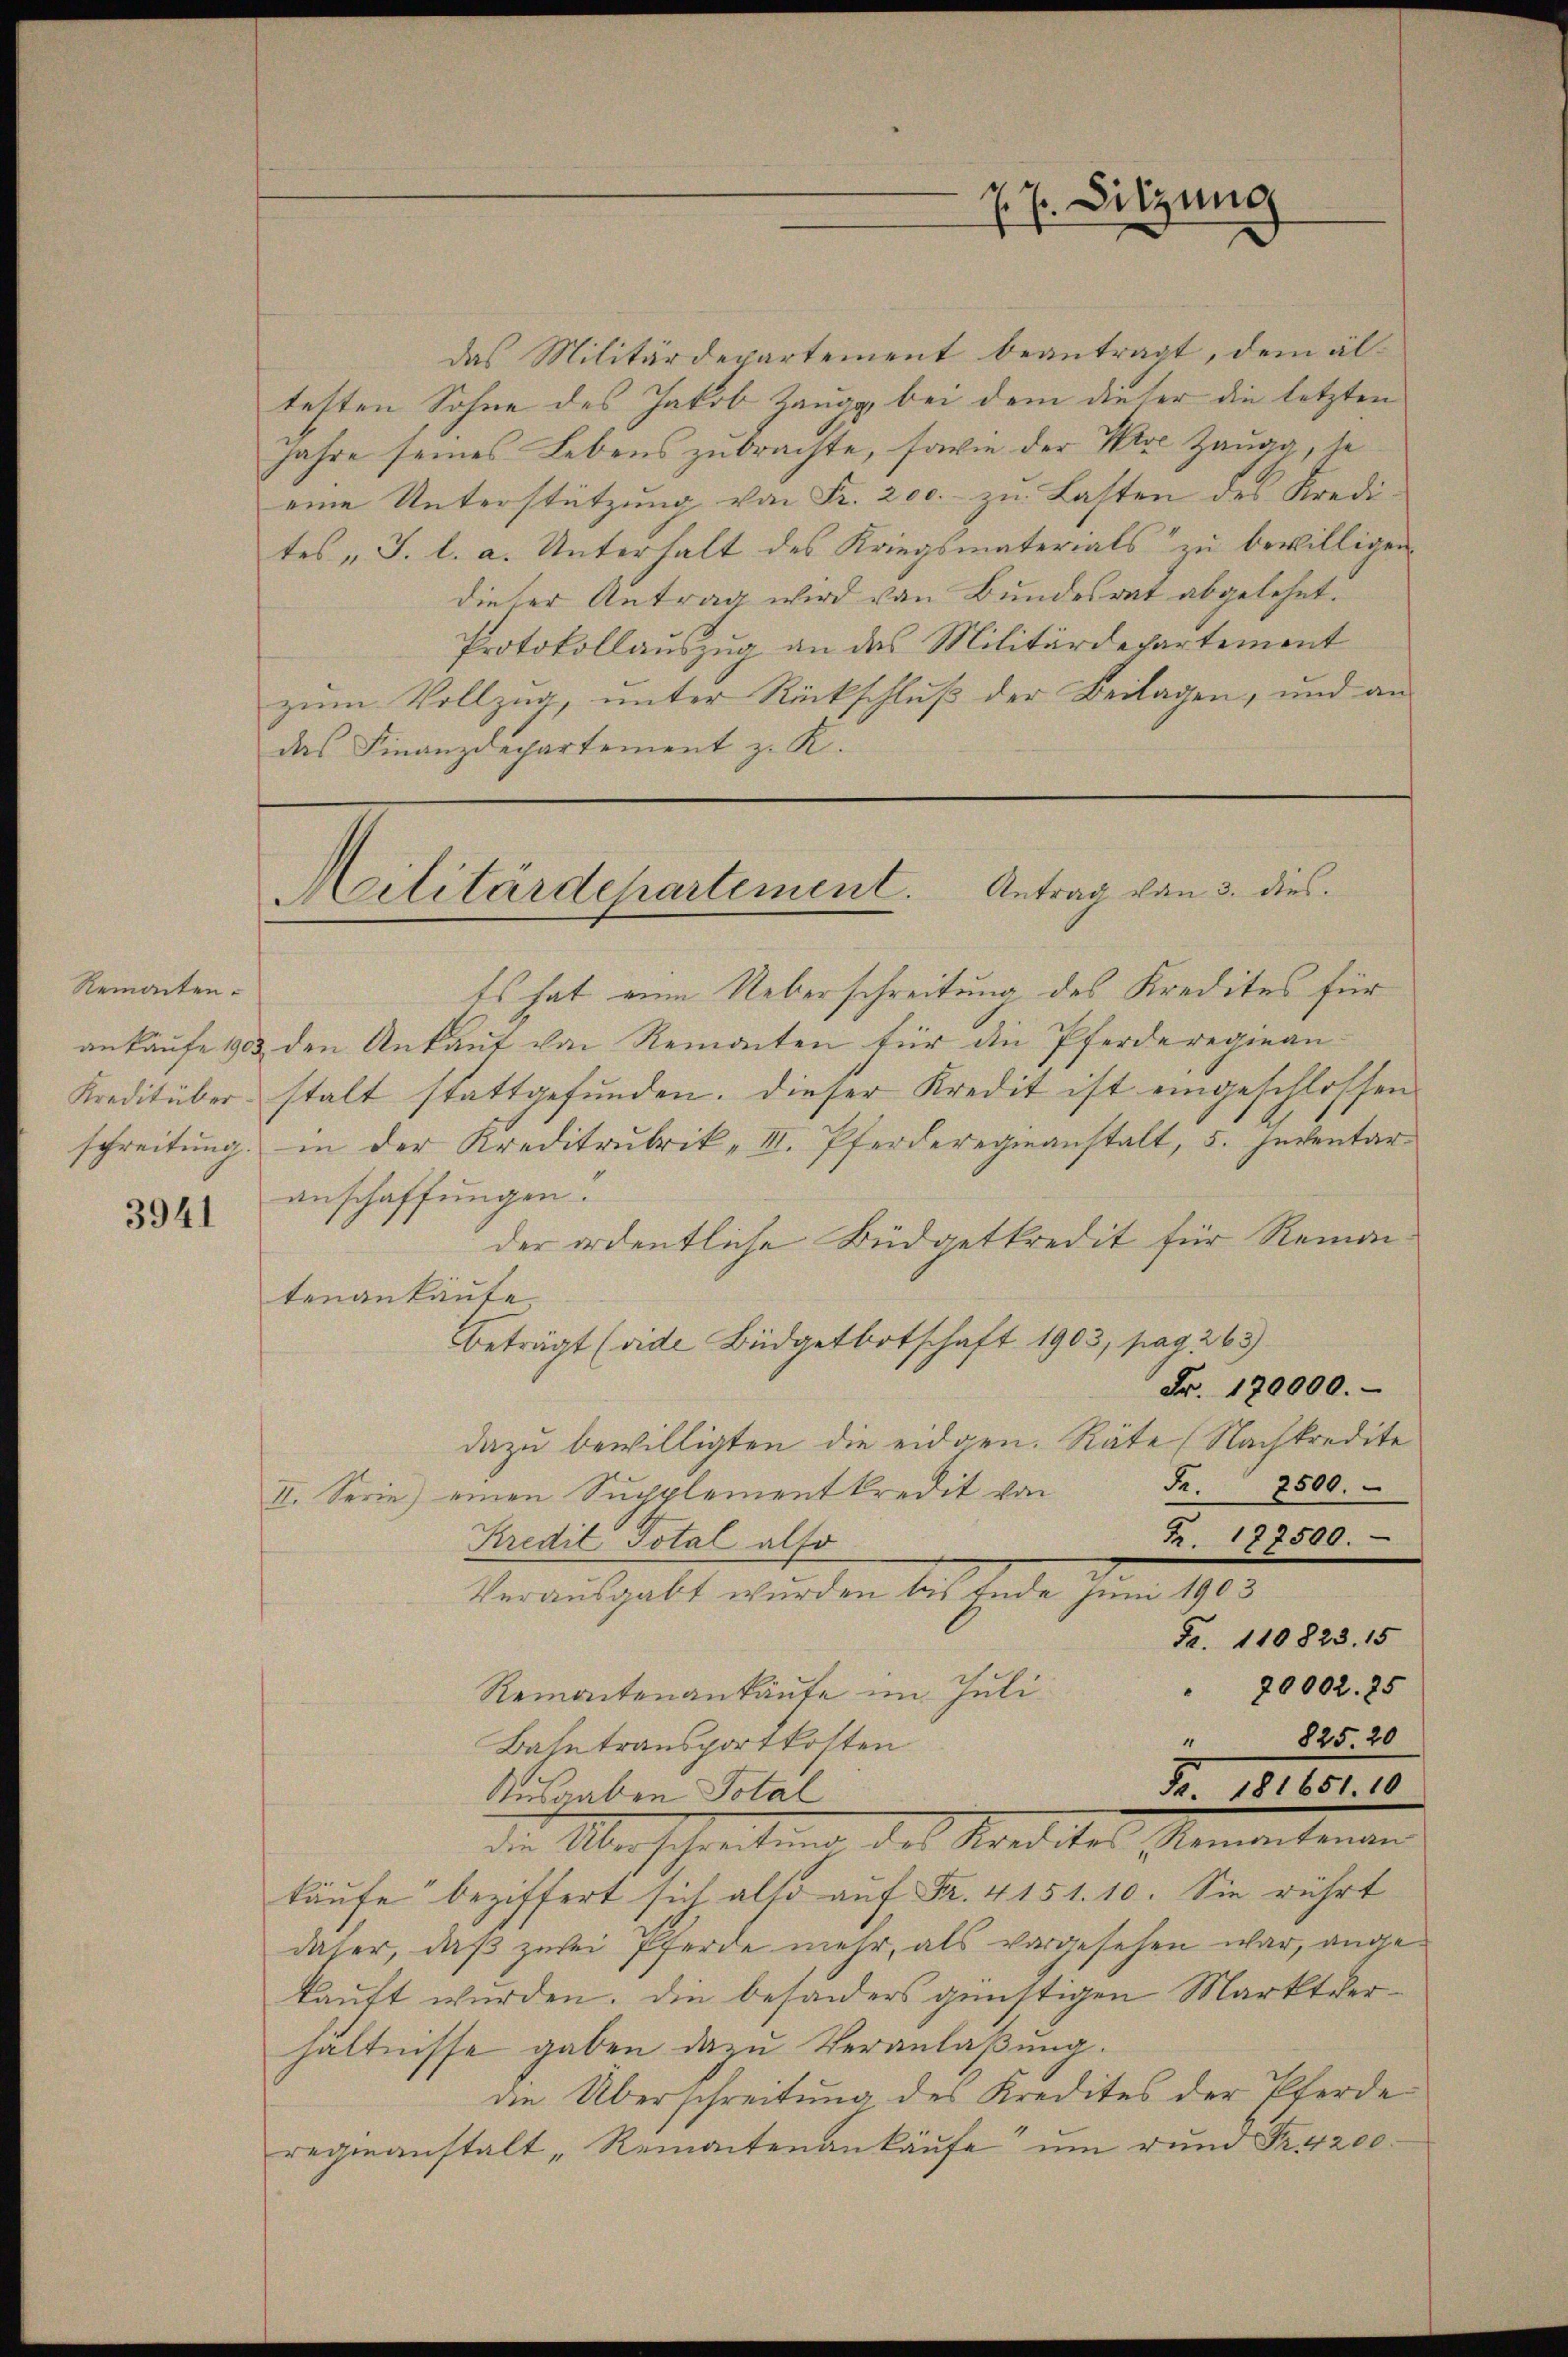
Remanten.
schreitung.

3941

Z. 7. Sitzung

das Militärdepartement beantragt, dem altesten Sohne des Jakob Zaugg, bei dem dieser die letzten
Jahre seines Lebens zubrachte, sowie der Nie Zaugg, se
eine Unterstützung von Fr. 200. zu Lasten des Kredi-
tes „J. l. a. Unterhalt des Kriegsmaterials zu bewilligen
dieser Antrag wird von Bundesrat abgelehnt.
Protokollauszug an das Militärdepartement
zum Vollzug, unter Rückschluß der Beilagen, und an
das Finanzdepartement z. R.

Militärdepartement. Antrag von 3. dies

Es hat eine Ueberschreitung des Kredites für
ankaufe 1903 den Ankaut von Remonten für die Pferderegiean¬
Kreditüber stalt stattgefunden. Dieser Kredit ist eingeschlossen
in der Kreditrubrik, III. Pferderegieanstalt, 5. Inventaranschaffungen.
der ordentliche Büdgetkredit für Remantenankaute
beträgt (vide Büdgetbotschaft 1903, pag. 265.
Fr. 120000.
dazu bewilligten die eidgen. Räte Nachkredite
Fr. 2500.
II. Serie) einen Supplementkredit von
Fr. 188500.
Kredit Total also
Verausgabt wurden bis Ende Juni 1903
Fr. 110823. 15
 80002. 25
Remantenankäufe im Juli¬
825. 20
4
Bahntransportkosten
Fr. 181651. 10
Ausgaben Total
de Über schreibung des Kredites Momentemen
käufe beziffert sich also auf Fr. 4151. 10. Sie rührt
daher, daß zwei Pferde mehr, als vorgesehen war, angekauft wurden. Die besonders günstigen Marktverhältnisse gaben dazu Veranlaßung.
die Überschreitung des Kredites der Pferde
regieanstalt Remantenankäufe um rund Fr. 4200.